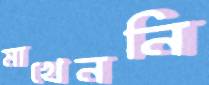
মাখেননি